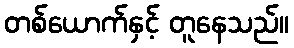
တစ်ယောက်နှင့် တူနေသည်။